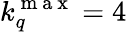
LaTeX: k_{q}^{\mathrm{~m~a~x~}}=4